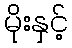
မိုးနှင့်